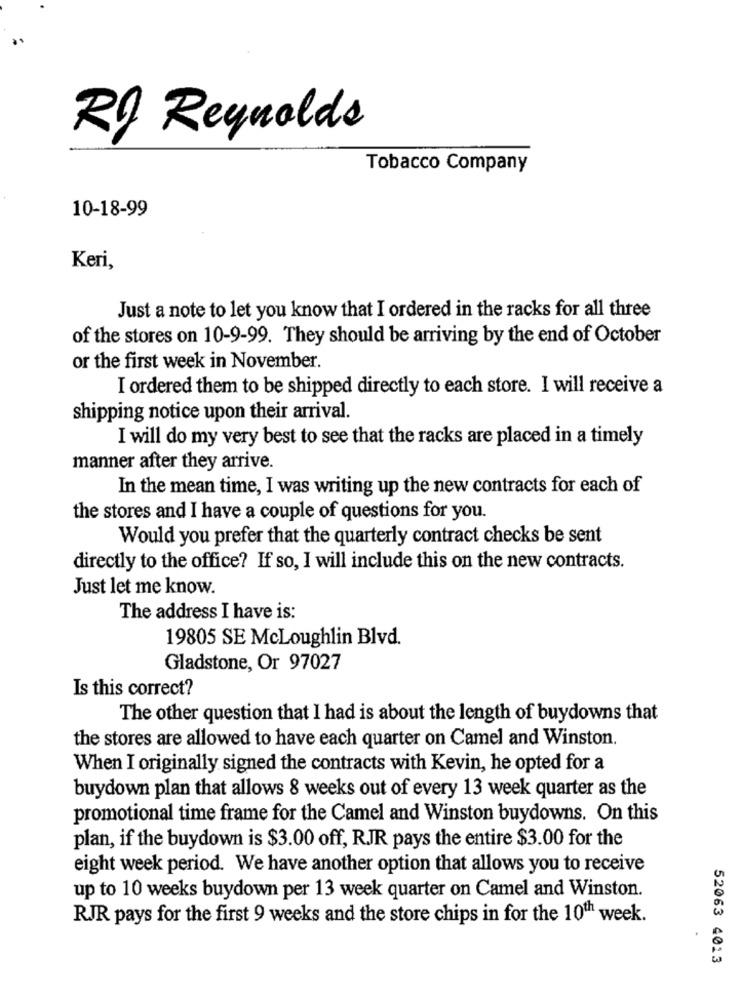
Rf Reynolds
Tobacco Company
10-18-99
Keri,
Just a note to let you know that I ordered in the racks for all three
of the stores on 10-9-99. They should be arriving by the end of October
or the first week in November.
I ordered them to be shipped directly to each store. I will receive a
shipping notice upon their arrival.
I will do my very best to see that the racks are placed in a timely
manner after they arrive.
In the mean time, I was writing up the new contracts for each of
the stores and I have a couple of questions for you.
Would you prefer that the quarterly contract checks be sent
directly to the office? If so, I will include this on the new contracts.
Just let me know.
The address I have is:
19805 SE McLoughlin Blvd.
Gladstone, Or 97027
Is this correct?
The other question that I had is about the length of buydowns that
the stores are allowed to have each quarter on Camel and Winston.
When I originally signed the contracts with Kevin, he opted for a
buydown plan that allows 8 weeks out of every 13 week quarter as the
promotional time frame for the Camel and Winston buydowns. On this
plan, if the buydown is $3.00 off, RJR pays the entire $3.00 for the
eight week period. We have another option that allows you to receive
up to 10 weeks buydown per 13 week quarter on Camel and Winston.
RJR pays for the first 9 weeks and the store chips in for the 10th week.
52063 4013